Report on vaccination in Madras 1922-1929 - 1922-1929
Year: 1922
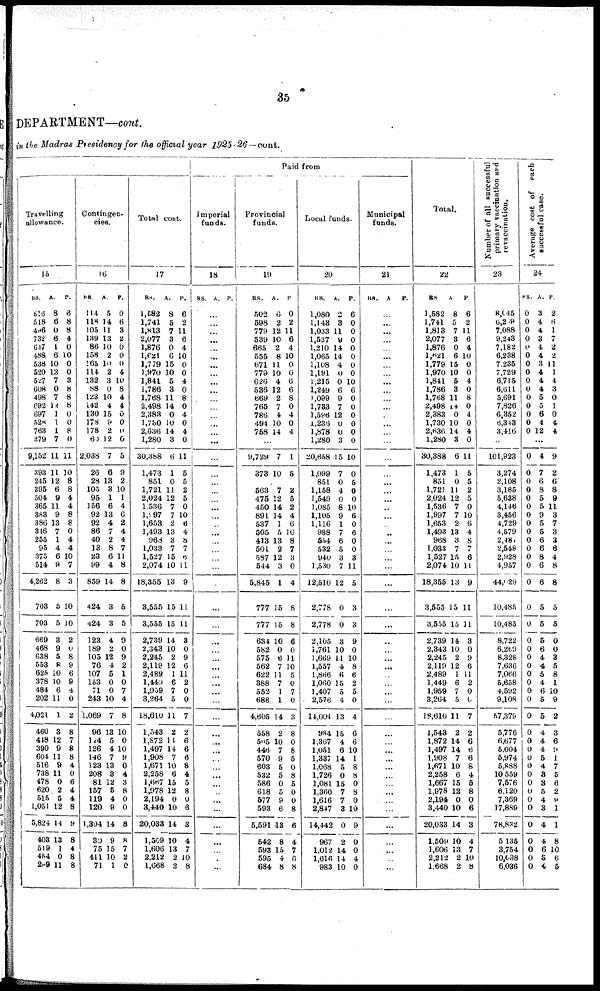
35
DEPARTMENT—cont.
in the Madras Presidency for the official year 1925-26—cont.
Travelling
allowance.
15
RS.
516
518
496
732
647
488
538
520
527
608
498
692
697
528
763
379
9,152
393
245
395
504
365
383
386
346
255
95
375
514
4,262
703
703
669
468
638
553
625
378
484
202
4,021
460
418
390
604
516
738
478
620
515
1,051
5,824
403
519
454
299
A.
8
6
0
6
1
6
10
13
7
0
7
12
1
1
1
7
11
11
12
6
9
11
9
13
7
1
4
6
9
8
5
5
3
9
5
8
10
10
6
11
1
3
12
9
11
9
11
0
2
5
12
14
13
1
0
11
P.
6
8
8
4
0
10
0
0
3
8
8
8
0
0
8
0
11
10
8
8
4
4
8
8
0
4
4
10
7
3
10
10
2
0
8
9
6
9
4
0
2
8
7
8
8
4
0
6
4
4
8
9
8
4
8
8
Contingen-
cies.
16
RS.
114
118
105
139
86
158
165
114
132
88
123
142
130
178
178
60
2,038
26
28
105
95
156
92
92
86
40
13
23
99
859
424
424
123
189
105
76
107
153
71
243
1,069
96
104
126
146
123
208
81
157
119
120
1,304
30
75
411
71
A.
5
14
11
13
10
2
10
2
3
0
10
4
15
9
2
12
7
6
13
3
1
6
13
4
7
2
8
6
4
14
3
3
4
2
12
4
5
0
0
10
7
13
5
4
7
13
3
12
5
4
9
14
9
15
10
1
P.
0
6
3
2
0
0
0
4
10
8
4
4
0
0
0
0
5
9
2
10
1
4
6
2
4
4
7
11
8
8
5
5
9
0
9
2
1
0
7
4
8
10
0
10
9
0
4
3
8
0
0
8
8
7
2
0
Total cost.
17
RS.
1,582
1,741
1,813
2,077
1,876
l,62l
1,779
1,970
1,841
1,786
1,768
2,498
2,383
1,730
2,636
1,280
30,388
1,473
851
1,721
2,024
1,536
1,997
1,653
1,493
968
1,033
1,527
2,074
18,355
3,555
3,555
2,739
2,343
2,245
2,119
2,489
1,449
1,959
3,264
18,610
1,543
1,872
1,497
1,908
1,671
2,258
1,667
1,978
2,194
3,440
20,033
1,509
1,606
2,212
1,668
A.
8
5
7
3
0
6
15
10
5
3
11
14
0
10
14
3
6
1
0
11
12
7
7
2
13
3
7
15
10
13
15
15
14
10
2
12
1
6
7
5
11
2
11
14
7
10
6
15
12
0
10
14
10
13
2
2
P.
6
2
11
6
4
10
0
0
4
0
8
0
4
0
4
0
11
5
5
2
5
0
10
6
4
8
7
6
11
9
11
11
3
0
9
6
11
2
0
0
7
2
6
6
6
8
4
5
8
0
6
3
4
7
10
8
Paid from
Imperial
funds.
18
RS. A. P.
...
...
...
...
...
...
...
...
...
...
...
...
...
...
...
...
...
...
...
...
...
...
...
...
...
...
...
...
...
...
...
...
...
...
...
...
...
...
...
...
...
...
...
...
...
...
...
...
...
...
...
...
...
...
...
...
Provincial
funds.
19
RS.
502
598
779
539
665
555
671
779
626
536
669
765
786
494
758
A.
6
2
12
10
2
8
11
10
4
12
2
7
4
10
14
P.
0
2
11
6
4
10
0
0
6
6
8
0
4
0
4
...
9,729
373
7
10
1
5
...
563
475
450
891
537
505
413
501
587
544
5,845
777
777
634
582
575
562
622
388
552
688
4,605
558
505
446
570
603
532
586
618
577
593
5,591
542
593
595
684
7
12
14
14
1
5
13
2
12
3
1
15
15
10
0
6
7
11
7
1
1
14
2
10
7
9
5
5
0
5
9
6
13
8
15
4
8
2
5
2
4
6
10
8
7
3
0
4
8
8
6
0
11
10
5
0
7
0
3
8
0
8
5
0
8
5
0
0
8
6
4
7
6
8
Local funds.
20
RS.
1,080
1,143
1,033
1,537
1,210
1,065
1,108
1,191
1,215
1,249
1,099
1,733
1,596
1,236
1,878
1,280
20,658
1,099
851
1,158
1,549
1,085
1,105
1,116
988
554
532
940
1,530
12,510
2,778
2,778
2,105
1,761
1,669
1,557
1,866
1,060
1,407
2,576
14,004
984
1,367
1,051
1,337
1,068
1,726
1,081
1,360
1,616
2,847
14,442
967
1,012
1,616
983
A.
2
3
11
9
14
14
4
0
0
6
9
7
12
0
0
3
15
7
0
4
0
8
9
1
7
6
5
3
7
12
0
0
3
10
11
4
6
15
5
4
13
15
4
6
14
5
0
15
7
7
3
0
2
14
14
10
P.
6
0
0
0
0
0
0
0
10
6
0
0
0
0
0
0
10
0
5
0
0
10
6
0
6
0
0
3
11
5
3
3
9
0
10
8
6
2
5
0
4
6
6
10
1
8
8
0
8
0
10
9
0
0
4
0
Municipal
funds.
21
RS. A P.
...
...
...
...
...
...
...
...
...
...
...
...
...
...
...
...
...
...
...
...
...
...
...
...
...
...
...
...
...
...
...
...
...
...
...
...
...
...
...
...
...
...
...
...
...
...
...
...
...
...
...
...
...
...
...
...
Total.
22
RS.
1,582
1,741
1,813
2,077
1,876
1,621
1,779
1,970
1,841
1,786
1,768
2,498
2,383
1,730
2,636
1,280
30,388
1,473
851
1,721
2,024
1,536
1,997
1,653
1,493
968
1,033
1,527
2,074
18,355
3,555
3,555
2,739
2,343
2,245
2,119
2,489
1,449
1,959
3,264
18,610
1,543
1,872
1,497
1,908
1,671
2,258
1,667
1,978
2,194
3,440
20,033
1,509
1,606
2,212
1,668
A.
8
5
7
3
0
6
15
10
5
3
11
14
0
10
14
3
6
1
0
11
12
7
7
2
13
3
7
15
10
13
15
15
14
10
2
12
1
6
7
5
11
2
14
14
7
10
6
15
12
0
10
14
10
13
2
2
P.
6
2
11
6
4
10
0
0
4
0
8
0
4
0
4
0
11
5
5
2
5
0
10
6
4
8
7
6
11
9
11
11
3
0
9
6
11
2
0
0
7
2
6
6
6
8
4
5
8
0
6
3
4
7
10
8
Number of all successful
primary vaccination and
revaccination.
23
8,045
0,209
7,088
9,243
7,182
6,238
7,235
7,729
6,715
6,611
5,691
7,826
6,352
6,343
3,416
...
101,923
3,274
2,108
3,185
5,638
4,146
3,456
4,729
4,579
2,481
2,548
2,928
4,957
44,029
10,485
10,485
8,722
6,269
8,328
7,636
7,066
5,658
4,592
9,108
57,379
5,776
6,677
5,004
5,974
5,888
10,559
7,576
6,120
7,369
17,889
78,832
5,135
3,754
10,038
6,036
Average cost of each
successful case.
24
RS.
0
0
0
0
0
0
0
0
0
0
0
0
0
0
0
A.
3
4
4
3
4
4
3
4
4
4
5
5
6
4
12
P.
2
6
1
7
2
2
11
1
4
3
0
1
0
4
4
...
0
0
0
0
0
0
0
0
0
0
0
0
0
0
0
0
0
0
0
0
0
0
0
0
0
0
0
0
0
0
0
0
0
0
0
0
0
0
0
0
4
7
6
8
5
5
9
5
5
6
6
8
6
6
5
5
5
6
4
4
5
4
6
5
5
4
4
4
5
4
3
3
5
4
3
4
4
6
3
4
9
2
6
8
9
11
3
7
3
3
6
4
8
8
5
5
0
0
3
5
8
1
10
9
2
3
6
9
1
7
5
6
2
9
1
1
8
10
6
5